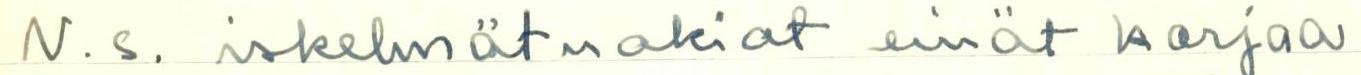
N.s. iskelmätuokiot eivät korjaa